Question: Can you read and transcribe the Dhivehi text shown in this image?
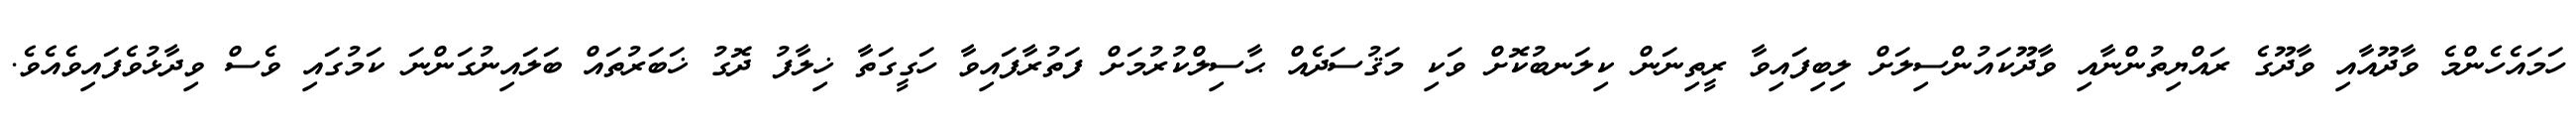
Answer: ހަމައެހެންމެ ވާދޫއާއި ވާދޫގެ ރައްޔިތުންނާއި ވާދޫކައުންސިލަށް ލިބިފައިވާ ރީތިނަން ކިލަނބުކޮށް ވަކި މަޤުސަދެއް ޙާސިލްކުރުމަށް ފަތުރާފައިވާ ހަގީގަތާ ޚިލާފު ދޮގު ޚަބަރުތައް ބަލައިނުގަންނަ ކަމުގައި ވެސް ވިދާޅުވެފައިވެއެވެ.